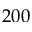
2 0 0